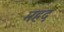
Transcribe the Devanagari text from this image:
महद